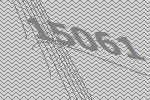
15061